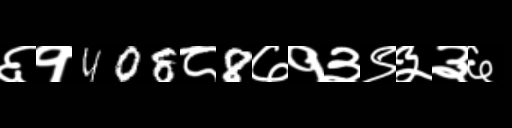
Text: ६१408८8७१३९३३६